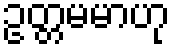
ဥတ္တမမာဟု